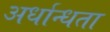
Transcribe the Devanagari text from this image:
अर्धान्धता